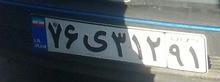
۷۶ی۳۱۲۹۱